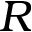
R